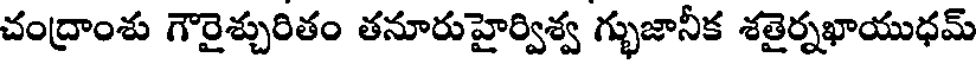
చంద్రాంశు గౌరైశ్చురితం తనూరుహైర్విశ్వ గ్భుజానీక శతైర్నఖాయుధమ్